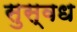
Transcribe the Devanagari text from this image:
सुस्वध